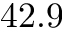
4 2 . 9